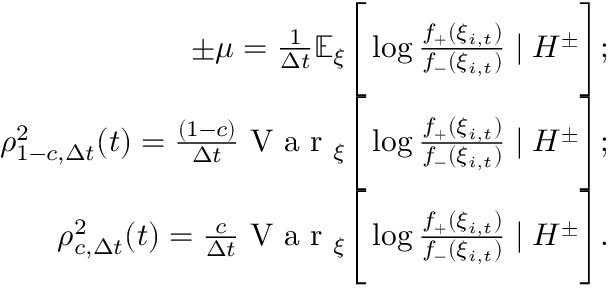
\begin{array} { r } { \pm \mu = \frac { 1 } { \Delta t } \mathbb { E } _ { \xi } \Bigg [ \log { \frac { f _ { + } ( \xi _ { i , t } ) } { f _ { - } ( \xi _ { i , t } ) } } \mid H ^ { \pm } \Bigg ] ; } \\ { \rho _ { 1 - c , \Delta t } ^ { 2 } ( t ) = \frac { ( 1 - c ) } { \Delta t } \mathrm { ~ V ~ a ~ r ~ } _ { \xi } \Bigg [ \log { \frac { f _ { + } ( \xi _ { i , t } ) } { f _ { - } ( \xi _ { i , t } ) } } \mid H ^ { \pm } \Bigg ] ; } \\ { \rho _ { c , \Delta t } ^ { 2 } ( t ) = \frac { c } { \Delta t } \mathrm { ~ V ~ a ~ r ~ } _ { \xi } \Bigg [ \log { \frac { f _ { + } ( \xi _ { i , t } ) } { f _ { - } ( \xi _ { i , t } ) } } \mid H ^ { \pm } \Bigg ] . } \end{array}